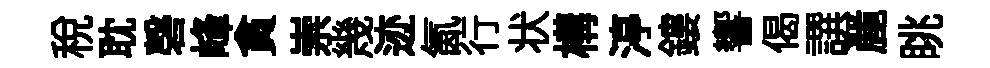
稅耽磬峰貪崇幾迹氤行状構渟鏤響偈譔䴡眺